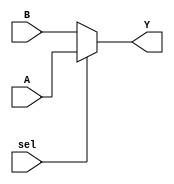
module conditional_assignment (
    input wire A,      // Input signal A
    input wire B,      // Input signal B
    input wire sel,    // Control signal for selection
    output wire Y      // Output signal
);

// Continuous assignment using the ternary operator
assign Y = (sel) ? A : B; // If sel is true, Y = A; else Y = B

endmodule